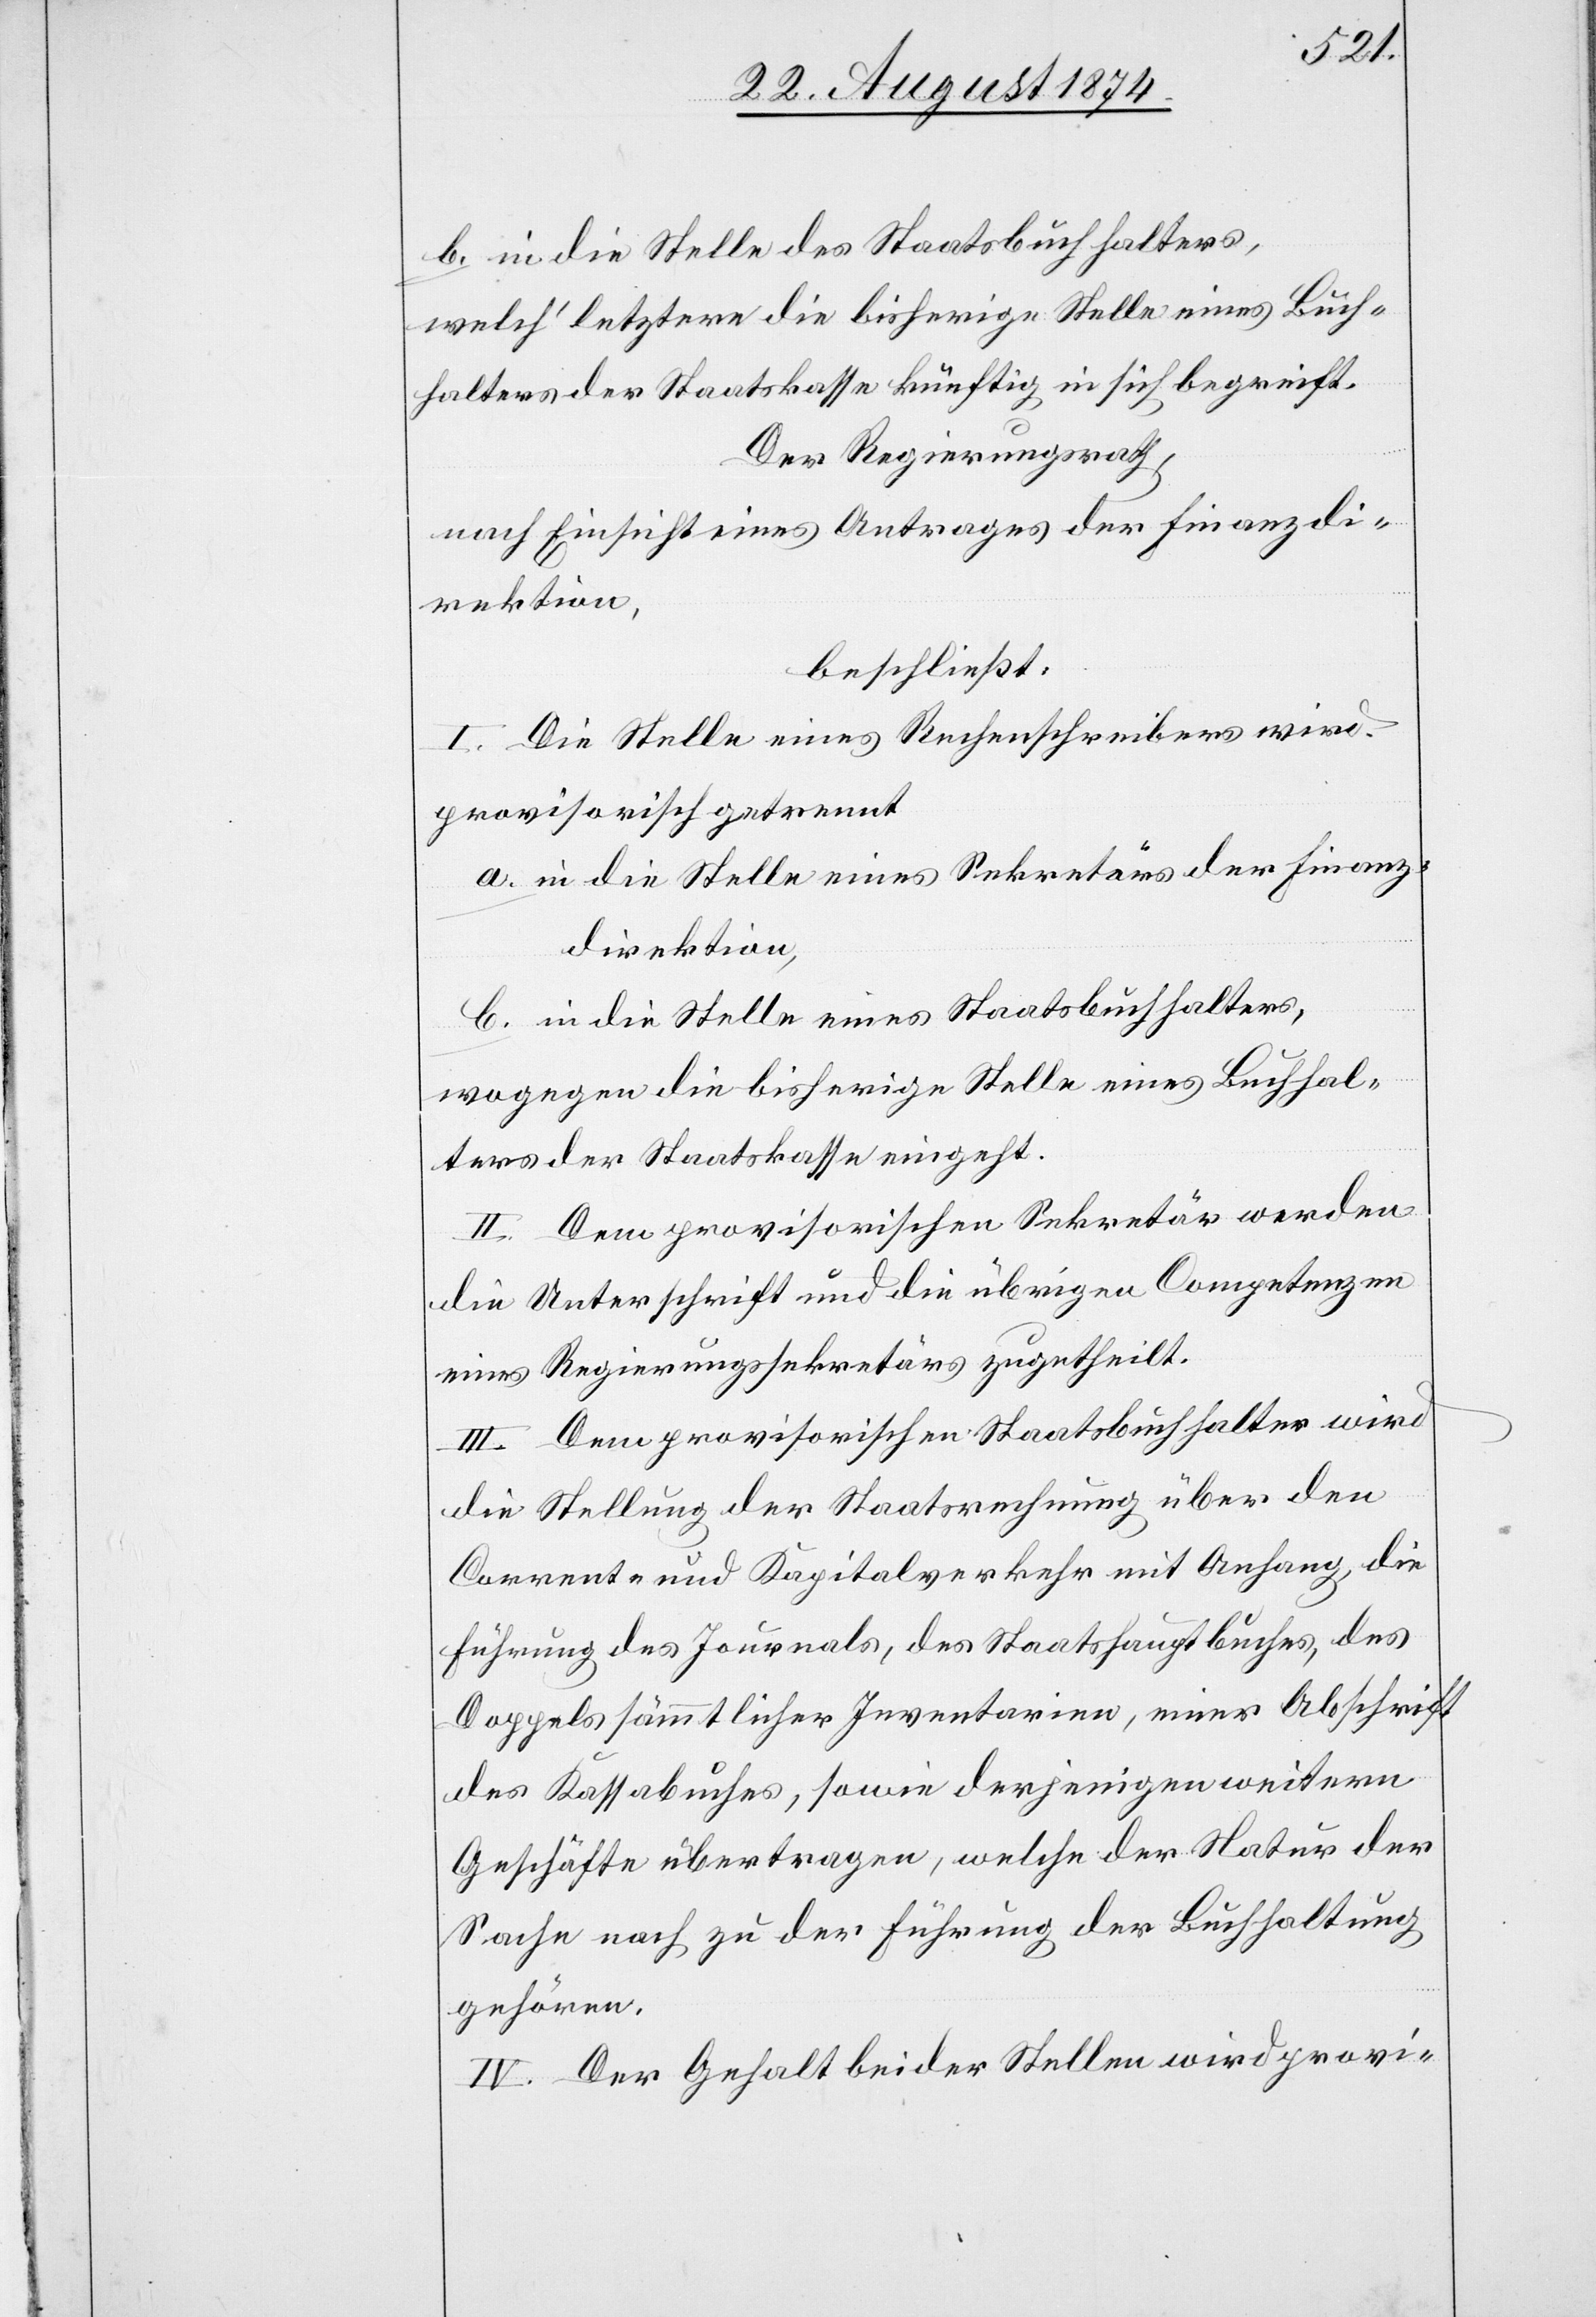
b. in die Stelle des Staatsbuchhalters,
welch’ letztere die bisherige Stelle eines Buch¬
halters der Staatskasse künftig in sich begreift.
Der Regierungsrath,
nach Einsicht eines Antrages der Finanzdi¬
rektion,
beschließt:
I. Die Stelle eines Rechenschreibers wird
provisorisch getrennt.
a. in die Stelle eines Sekretärs der Finanz¬
direktion,
b. in die Stelle eines Staatsbuchhalters,
wogegen die bisherige Stelle eines Buchhal¬
ters der Staatskasse eingeht.
II. Dem provisorischen Sekretär werden
die Unterschrift und die übrigen Competenzen
eines Regierungssekretärs zugehteilt.
III. Dem provisorischen Staatsbuchhalter wird
die Stellung der Staatsrechnung über den
Corrente und Kapitalverkehr mit Anhang, die
Führung des Journals, des Staatshauptbuches, des
Doppels sämmtlicher Inventarien, einer Abschrift
des Kassabuches, sowie derjenigen weitern
Geschäfte übertragen, welche der Natur der
Sache noch zu der Führung der Buchhaltung
gehören.
IV. Der Gehalt beider Stellen wird provi-